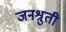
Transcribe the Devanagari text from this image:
जनश्रुती